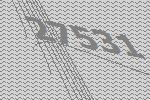
27531